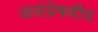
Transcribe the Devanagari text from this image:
असंप्रेषणीय